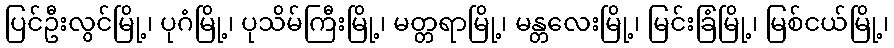
ပြင်ဦးလွင်မြို့၊ ပုဂံမြို့၊ ပုသိမ်ကြီးမြို့၊ မတ္တရာမြို့၊ မန္တလေးမြို့၊ မြင်းခြံမြို့၊ မြစ်ငယ်မြို့၊